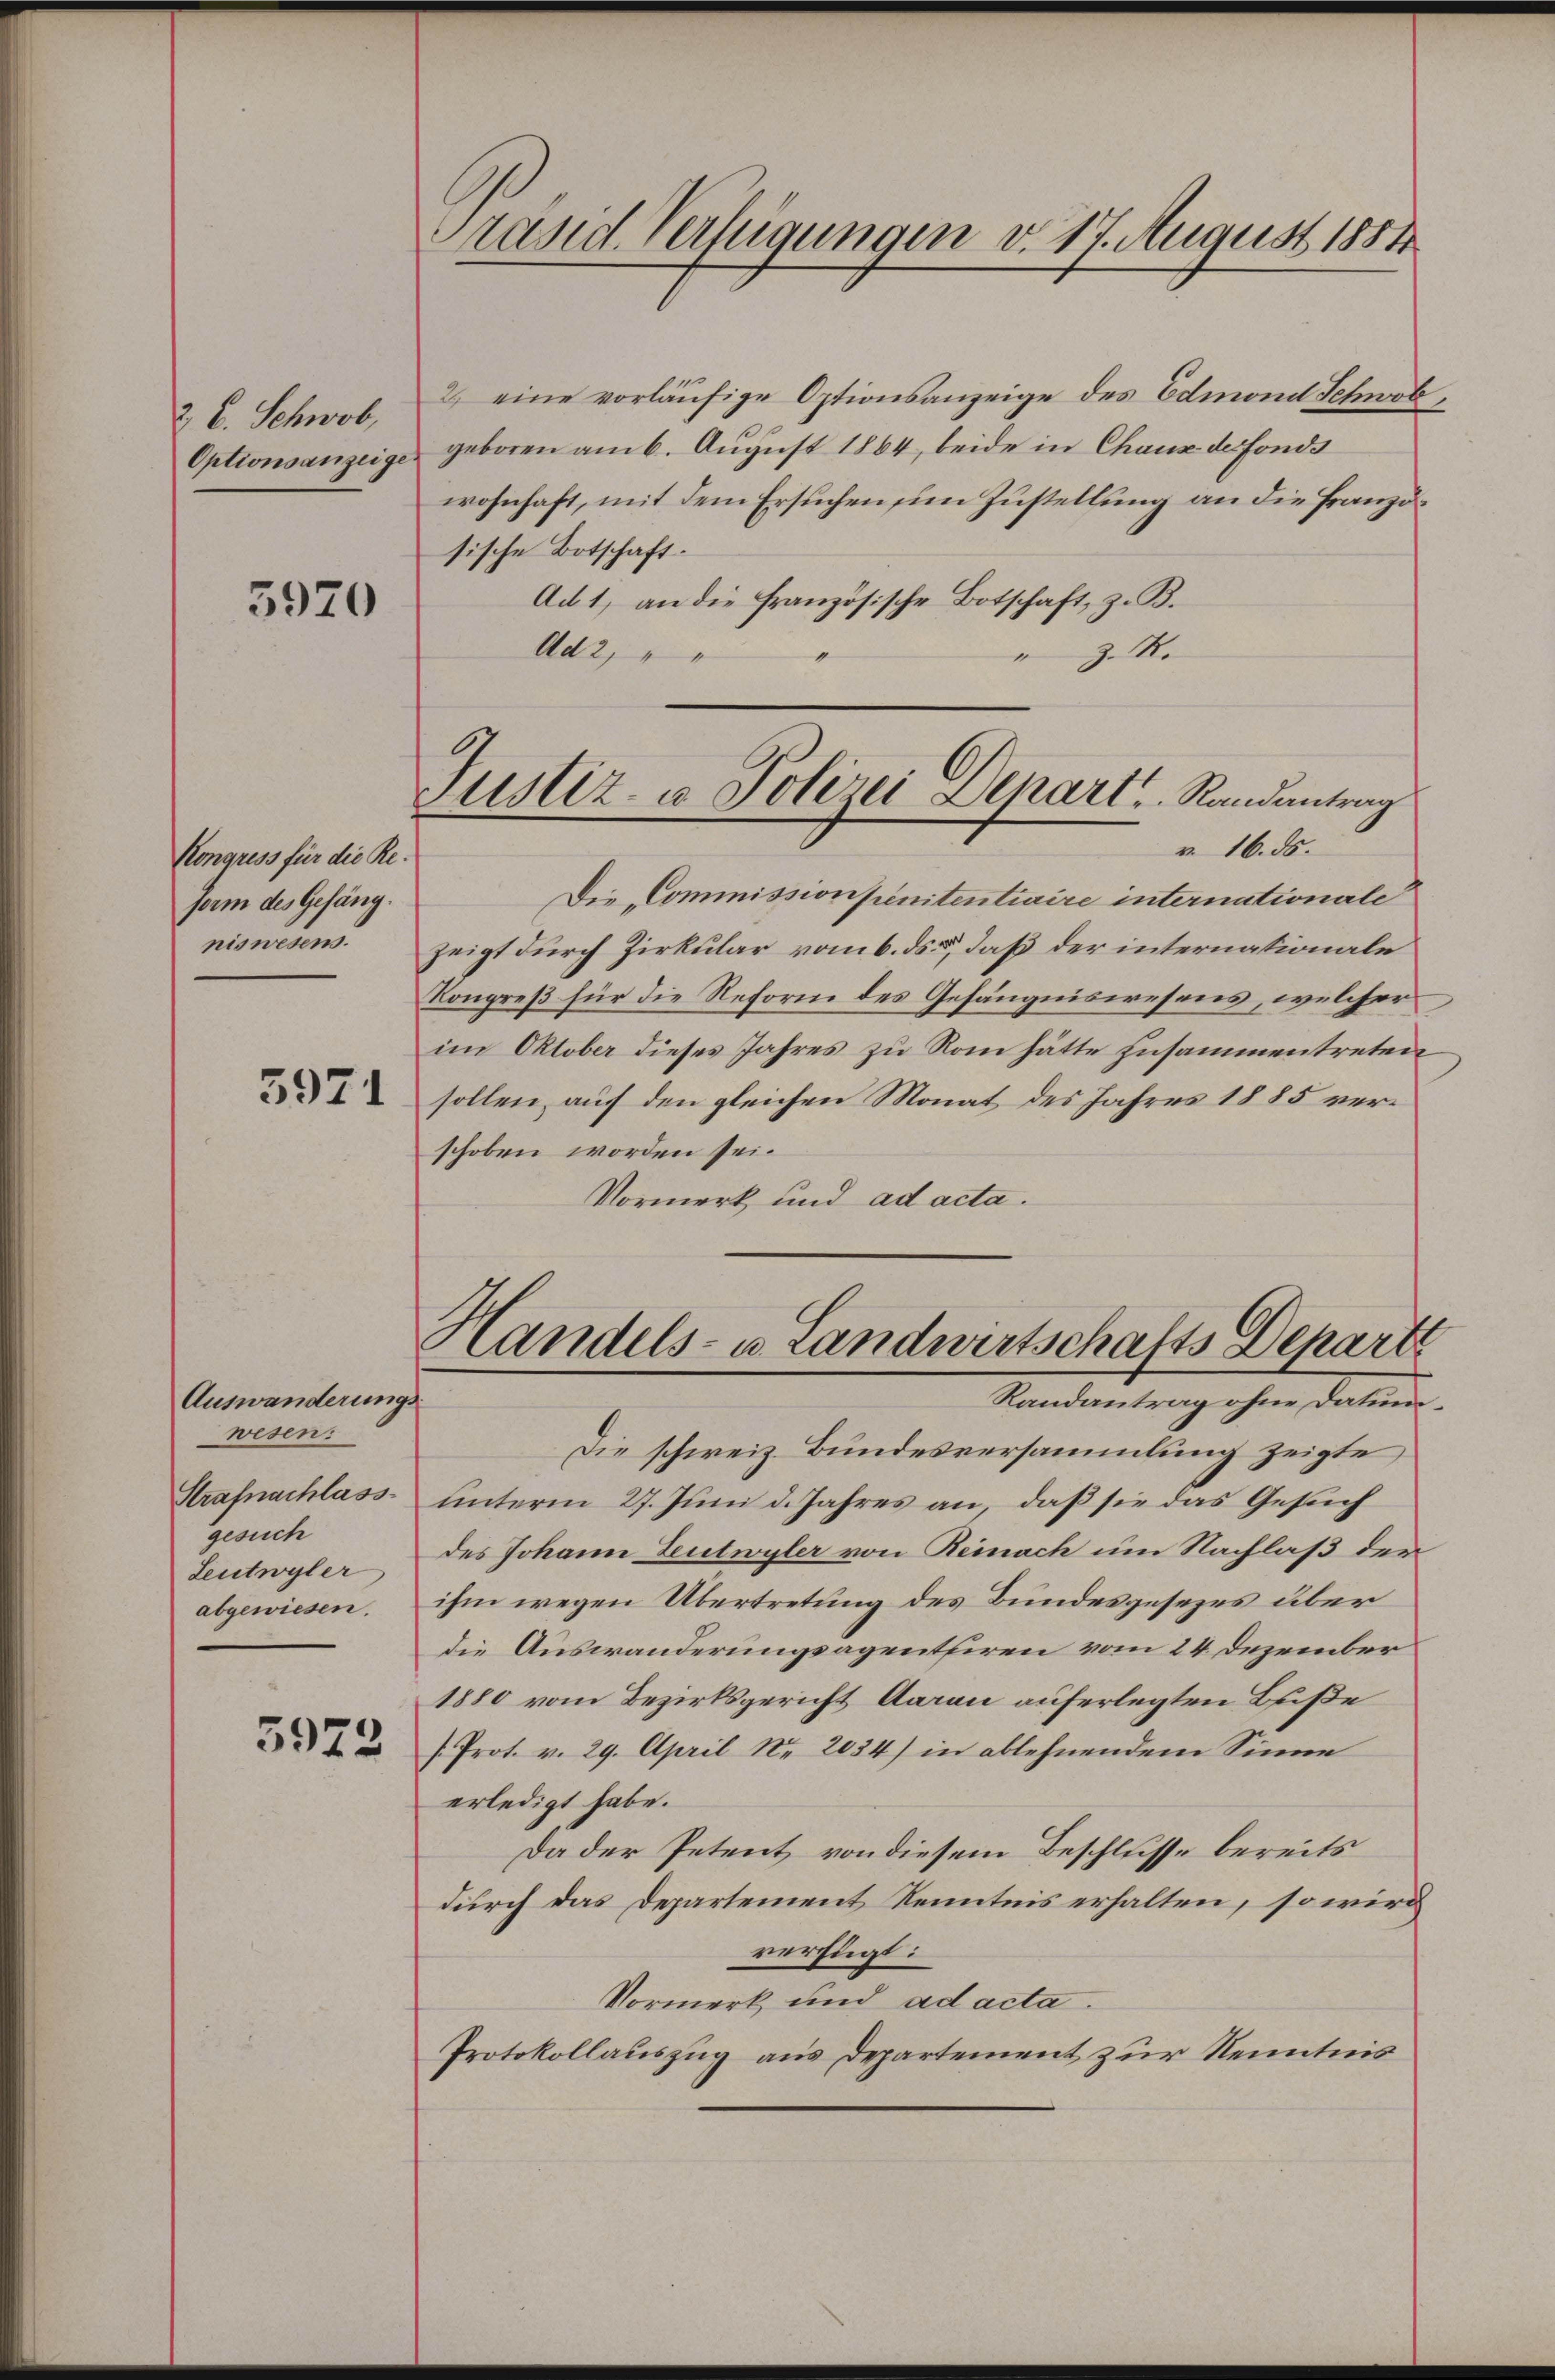
2 E. Schwab,
Optionsanzeige

5920

Kongress für die Reform des Gefäng.
niswesens.

5971

Auswanderungs
wesen:
Strafnachlass
gesuch
Leutwyler
abgewiesen.

3972

Präsid. Verfügungen v. 17. August 1884

.
Justiz- u Polizei Depart, Randantrag

2) eine vorläŭfige Optionsanzeige des Edmond Schwöb,
geboren am 6. August 1864, beide in Chaux de fonds
wohnhaft, mit dem Ersuchen im Zustellung an die Französische Botschaft.
Ad 1, an die französische Botschaft, z. B.
z 4.
Ad2,

Die „Commission penitentiaire internationale
zeigt durch Zirkular vom 6. ds., daß der internationale
Kongreß für die Reform des Gefängniswesens, welcher
im Oktober dieses Jahres zu Rom hätte zusammentreten
sollen auf den gleichen Monat des Jahres 1885 verschoben worden sei.
Vormerk und ad acta.
Die schweiz. Bundesversammlung zeigte
unterm 27. Juni d. Jahres an, daß sie das Gesuch
des Johann Leutwyler von Reinach um Nachlaß der
ihm wegen Übertretung des Bundesgesezes über
die Auswanderungsagentiren vom 24. Dezember
1880 vom Bezirksgericht Aarau auferlegten Beiße
/. Prot. v. 29. April Nr. 2034) in ablehnendem Sinne
erledigt habe.
Da der Petent von diesem Beschlusse bereits
durch das Departement Kenntnis erhalten, so wird
verfügt:
Vormerk und ad acta.
Protokollauszug aus Departement zur Kenntnis

Handels- u. Landwirtschafts Departe
Randantrag ohne Datum

v. 16. ds.